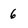
Character: 6